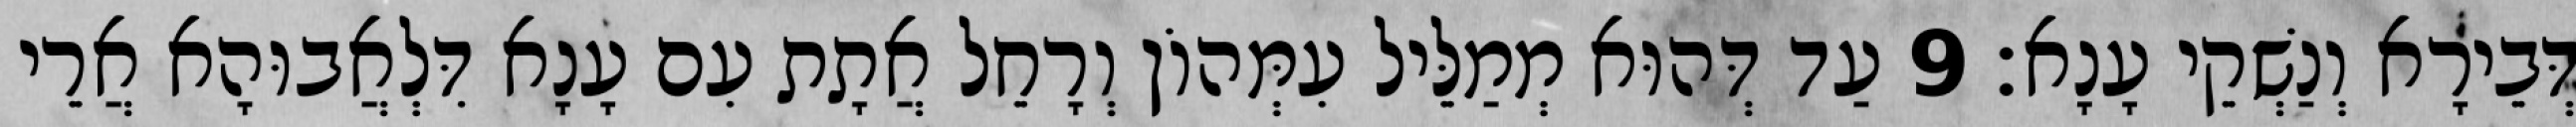
דְּבֵירָא וְנַשְׁקֵי עָנָא׃ 9 עַד דְּהוּא מְמַלֵּיל עִמְּהוֹן וְרָחֵל אֲתָת עִם עָנָא דִּלְאֲבוּהָא אֲרֵי